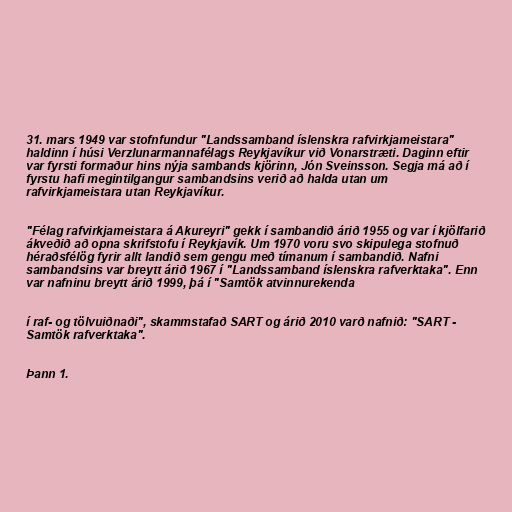
31. mars 1949 var stofnfundur "Landssamband íslenskra rafvirkjameistara"
haldinn í húsi Verzlunarmannafélags Reykjavíkur við Vonarstræti. Daginn eftir
var fyrsti formaður hins nýja sambands kjörinn, Jón Sveinsson. Segja má að í
fyrstu hafi megintilgangur sambandsins verið að halda utan um
rafvirkjameistara utan Reykjavíkur.

"Félag rafvirkjameistara á Akureyri" gekk í sambandið árið 1955 og var í kjölfarið
ákveðið að opna skrifstofu í Reykjavík. Um 1970 voru svo skipulega stofnuð
héraðsfélög fyrir allt landið sem gengu með tímanum í sambandið. Nafni
sambandsins var breytt árið 1967 í "Landssamband íslenskra rafverktaka". Enn
var nafninu breytt árið 1999, þá í "Samtök atvinnurekenda

í raf- og tölvuiðnaði", skammstafað SART og árið 2010 varð nafnið: "SART -
Samtök rafverktaka".

Þann 1.